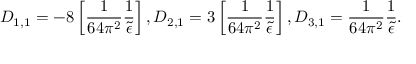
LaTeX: D _ { 1 , 1 } = - 8 \left[ \frac { 1 } { 6 4 \pi ^ { 2 } } \frac { 1 } { \widetilde \epsilon } \right] , D _ { 2 , 1 } = 3 \left[ \frac { 1 } { 6 4 \pi ^ { 2 } } \frac { 1 } { \widetilde \epsilon } \right] , D _ { 3 , 1 } = \frac { 1 } { 6 4 \pi ^ { 2 } } \frac { 1 } { \widetilde \epsilon } .